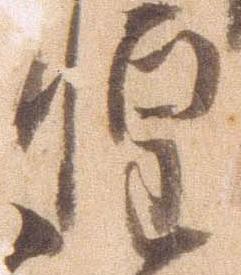
惶